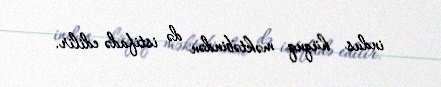
indus hüquq məktəbindən də istifadə edilir.